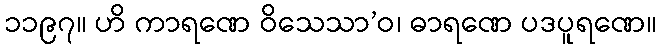
၁၁၉၇။ ဟိ ကာရဏေ ဝိသေသာ’ဝ၊ ဓာရဏေ ပဒပူရဏေ။